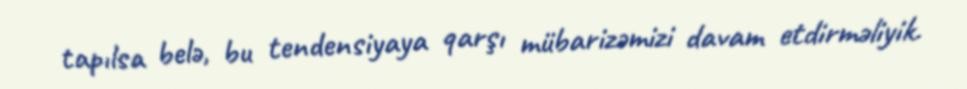
tapılsa belə, bu tendensiyaya qarşı mübarizəmizi davam etdirməliyik.